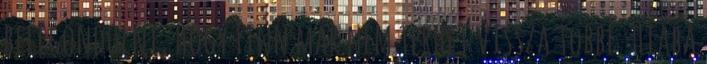
belegondolni, hogy Finn már nem térhet vissza többé. Hiába